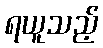
ရယူသည့်